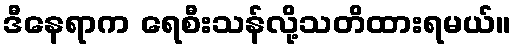
ဒီနေရာက ရေစီးသန်လို့သတိထားရမယ်။